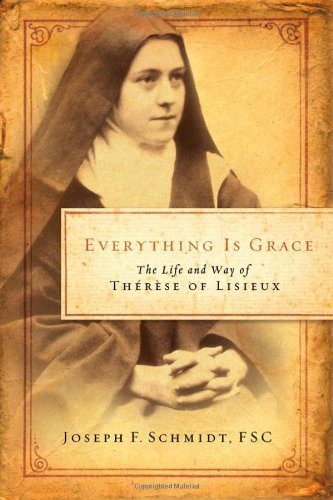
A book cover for Everything Is Grace: The Life and Way of Therese of Lisieux; Joseph F. Schmidt; Christian Books & Bibles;